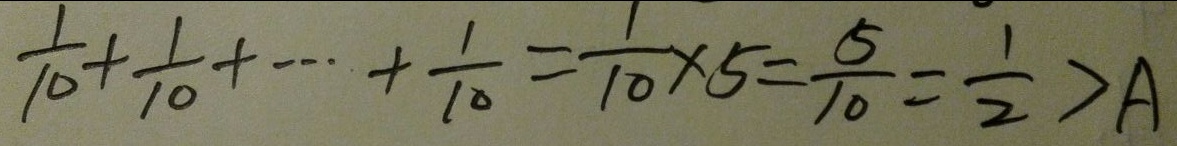
\frac { 1 } { 1 0 } + \frac { 1 } { 1 0 } + \cdots + \frac { 1 } { 1 0 } = \frac { 1 } { 1 0 } \times 5 = \frac { 5 } { 1 0 } = \frac { 1 } { 2 } > A